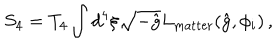
LaTeX: S _ { 4 } = T _ { 4 } \int d ^ { 4 } \xi \sqrt { - \hat { g } } L _ { \mathrm { m a t t e r } } ( \hat { g } , \phi _ { i } ) \, ,